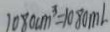
1 0 8 0 c m ^ { 3 } = 1 0 8 0 m l